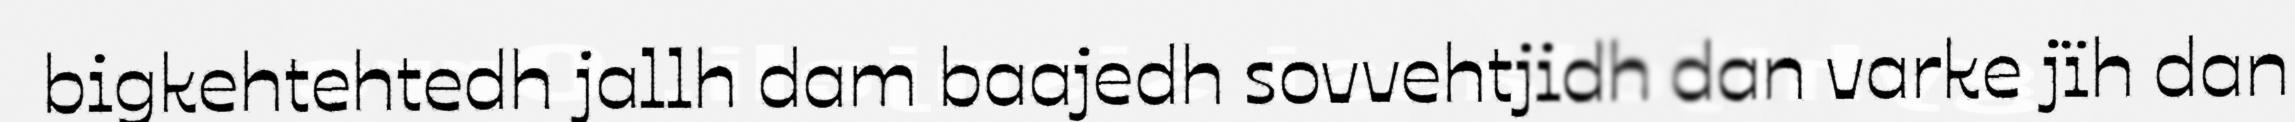
bigkehtehtedh jallh dam baajedh sovvehtjidh dan varke jïh dan